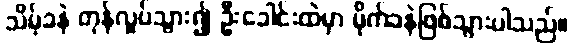
သိမ့်ခနဲ တုန်လှုပ်သွား၍ ဦးခေါင်းထဲမှာ မိုက်ခနဲဖြစ်သွားပါသည်။